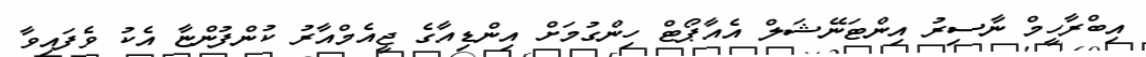
އިބްރާހީމް ނާސިރު އިންޓަނޭޝަލް އެއާޕޯޓް ހިންގުމަށް އިންޑިއާގެ ޖީއެމްއާރު ކުންފުންޏާ އެކު ވެފައިވާ